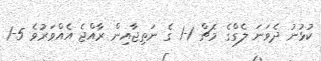
ކުޅުނު ދެވަނަ ލެގްގެ މެޗް 1-1 ގެ ނަތިޖާއިން ރާއްޖެ އެއްވަރުވެ 5-1